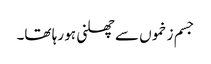
جسم زخموں سے چھلنی ہو رہا تھا۔